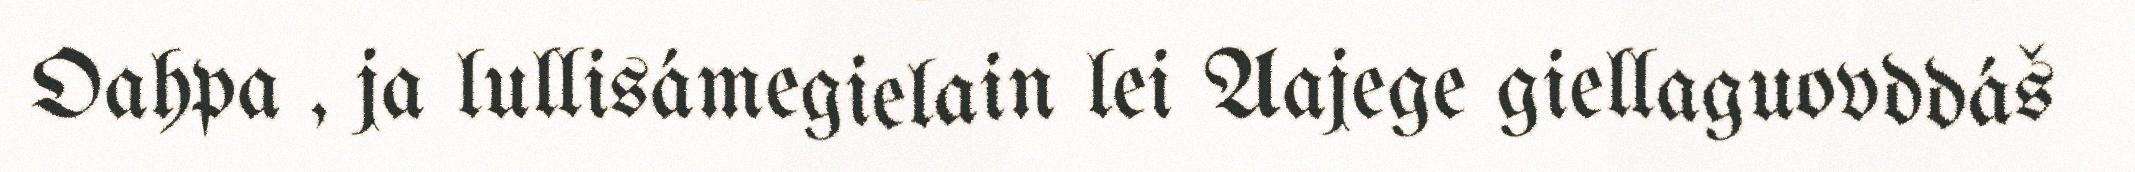
Oahpa , ja lullisámegielain lei Aajege giellaguovddáš